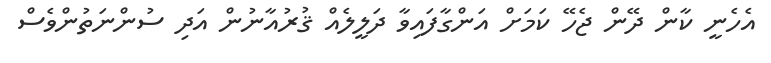
އެހެނީ ކާން ދޭން ޖެހޭ ކަމަށް އަންގާފައިވާ ދަލީލެއް ޤުރުއާނުން އަދި ސުންނަތުންވެސް